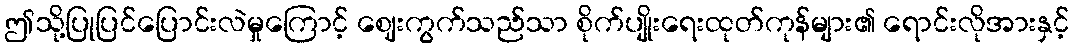
ဤသို့ပြုပြင်ပြောင်းလဲမှုကြောင့် ဈေးကွက်သည်သာ စိုက်ပျိုးရေးထုတ်ကုန်များ၏ ရောင်းလိုအားနှင့်